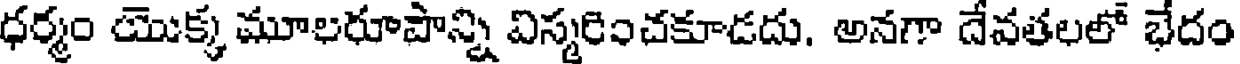
ధర్మం యొక్క మూలరూపాన్ని విస్మరించకూడదు. అనగా దేవతలలో భేదం